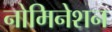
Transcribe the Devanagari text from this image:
नोमिनेशन